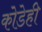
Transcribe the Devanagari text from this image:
कोडेही